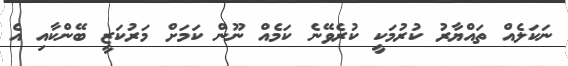
ނަކަލެއް ތައްޔާރު ކުރުމަކީ ކުރެވޭނެ ކަމެއް ނޫން ކަމަށް މަރުކަޒީ ބޭންކާއި އެ